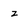
Character: z